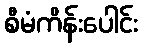
စီမံကိန်းပေါင်း